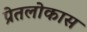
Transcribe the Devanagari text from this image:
प्रेतलोकास